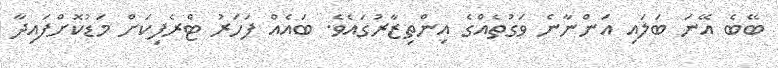
ބޭބެ އޭނަ ބަލައި އަންނާނެ ވަގުތެއްގެ އިންތިޒާރުގައެވެ. ބައެއް ފަހަރު ޓްރެފިކަށް މަޑުކޮށްފައިދާ